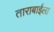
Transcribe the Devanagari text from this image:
ताराबाईला